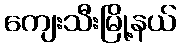
ကျေးသီးမြို့နယ်